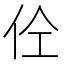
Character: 𱎨